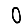
Digit: 0